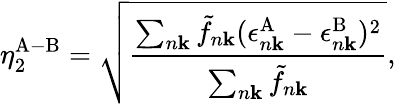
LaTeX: \eta_{2}^{\mathrm{A-B}}=\sqrt{\frac{\sum_{n\mathbf{k}}\tilde{f}_{n\mathbf{k}}(\epsilon_{n\mathbf{k}}^{\mathrm{A}}-\epsilon_{n\mathbf{k}}^{\mathrm{B}})^{2}}{\sum_{n\mathbf{k}}\tilde{f}_{n\mathbf{k}}}},